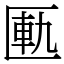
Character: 匭